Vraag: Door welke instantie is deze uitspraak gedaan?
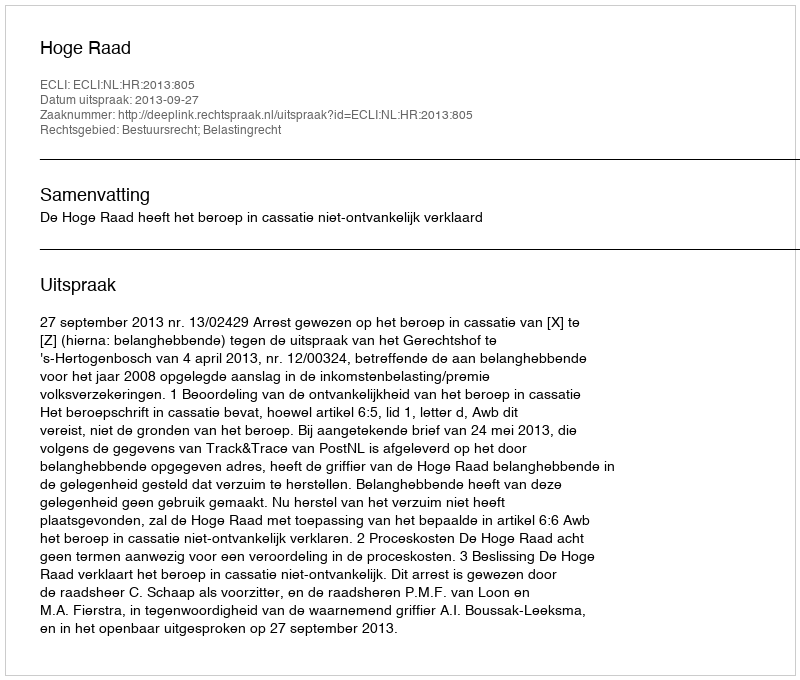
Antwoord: Hoge Raad